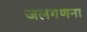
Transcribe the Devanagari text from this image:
जलगणना